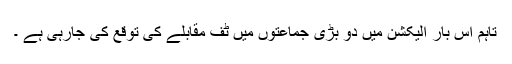
تاہم اس بار الیکشن میں دو بڑی جماعتوں میں ٹف مقابلے کی توقع کی جارہی ہے ۔